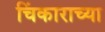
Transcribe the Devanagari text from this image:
चिंकाराच्या